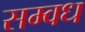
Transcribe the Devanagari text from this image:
सम्वध